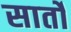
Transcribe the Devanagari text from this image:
सार्तों